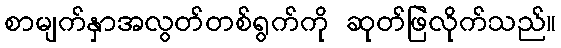
စာမျက်နှာအလွတ်တစ်ရွက်ကို ဆုတ်ဖြဲလိုက်သည်။